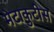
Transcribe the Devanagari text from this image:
मेटाकुटीस